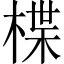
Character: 楪